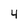
Character: 4